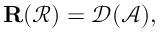
\mathbf { R } ( \mathcal { R } ) = \mathcal { D } ( \mathcal { A } ) ,